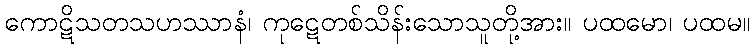
ကောဋိသတသဟဿာနံ၊ ကုဋေတစ်သိန်းသောသူတို့အား။ ပထမော၊ ပထမ။